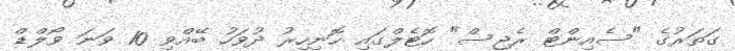
ގަތަރުގެ "ސެއިންޓް ރެޖިސް" ހޮޓެލްގައި ހޮނިހިރު ދުވަހު ބޭއްވި 10 ވަނަ ވޯލްޑް